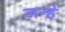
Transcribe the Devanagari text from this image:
जन्हे